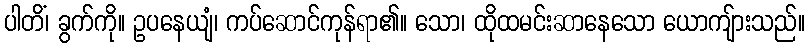
ပါတိံ၊ ခွက်ကို။ ဥပနေယျံ၊ ကပ်ဆောင်ကုန်ရာ၏။ သော၊ ထိုထမင်းဆာနေသော ယောကျ်ားသည်။